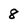
Character: 8